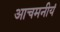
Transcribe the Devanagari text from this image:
आचमनीयं